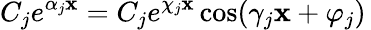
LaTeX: C_{j}e^{\alpha_{j}\mathbf{x}}=C_{j}e^{\chi_{j}\mathbf{x}}\cos(\gamma_{j}\mathbf{x}+\varphi_{j})\,